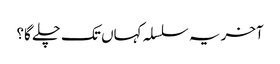
آخر یہ سلسلہ کہاں تک چلے گا؟